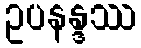
ဥပနန္ဒဿ